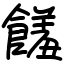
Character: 饈